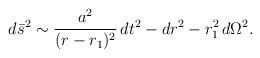
\begin{align*}d\bar{s}^2 \sim \frac{a^2}{(r-r_1)^2}\,dt^2 - dr^2 - r_1^2\,d\Omega^2.\end{align*}